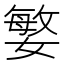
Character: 𭒘